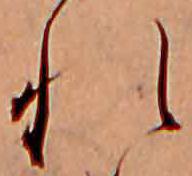
れ